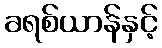
ခရစ်ယာန်နှင့်